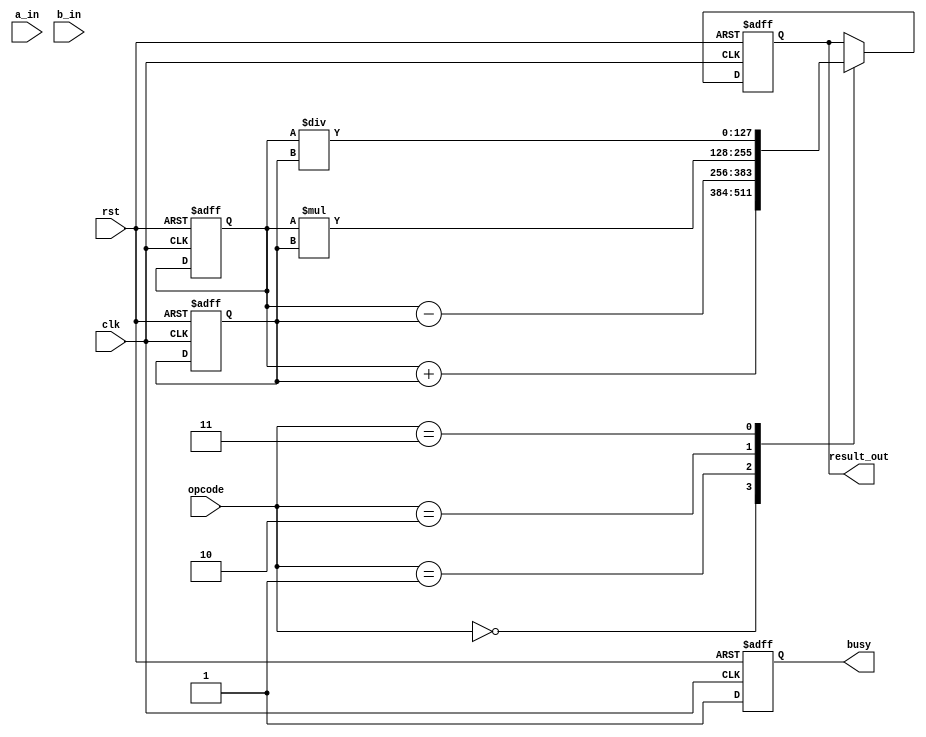
module QuadruplePrecisionFloatUnit(
    input wire rst,
    input wire clk,
    input wire [127:0] a_in,
    input wire [127:0] b_in,
    input wire [3:0] opcode,
    output reg [127:0] result_out,
    output reg busy
);

// Modules for mantissa and exponent calculations
// Rounding and normalization functions

// Registers to hold input and output data
reg [127:0] a_reg;
reg [127:0] b_reg;
reg [127:0] result_reg;

// Control logic
always @ (posedge clk or posedge rst) begin
    if (rst) begin
        busy <= 0;
        a_reg <= 128'b0;
        b_reg <= 128'b0;
        result_reg <= 128'b0;
    end else begin
        case(opcode)
            4'b0000: result_reg <= a_reg + b_reg; // Addition
            4'b0001: result_reg <= a_reg - b_reg; // Subtraction
            4'b0010: result_reg <= a_reg * b_reg; // Multiplication
            4'b0011: result_reg <= a_reg / b_reg; // Division
            // Add other arithmetic operations as needed
        endcase
        busy <= 1;
    end
end

// Output assignment
assign result_out = result_reg;

endmodule